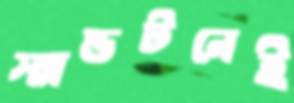
স্যান্ডটনেই